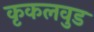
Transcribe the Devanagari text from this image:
कृकलवुड